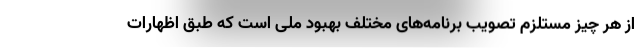
از هر چیز مستلزم تصویب برنامه‌های مختلف بهبود ملی است که طبق اظهارات